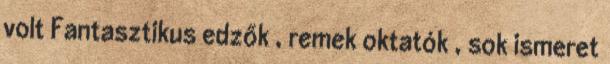
volt Fantasztikus edzők , remek oktatók , sok ismeret